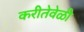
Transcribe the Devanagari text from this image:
करीतेवेळी